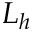
L _ { h }